Civil Veterinary Dept. North-West Frontier Province 1901-22 - 1901-1922
Year: 1901
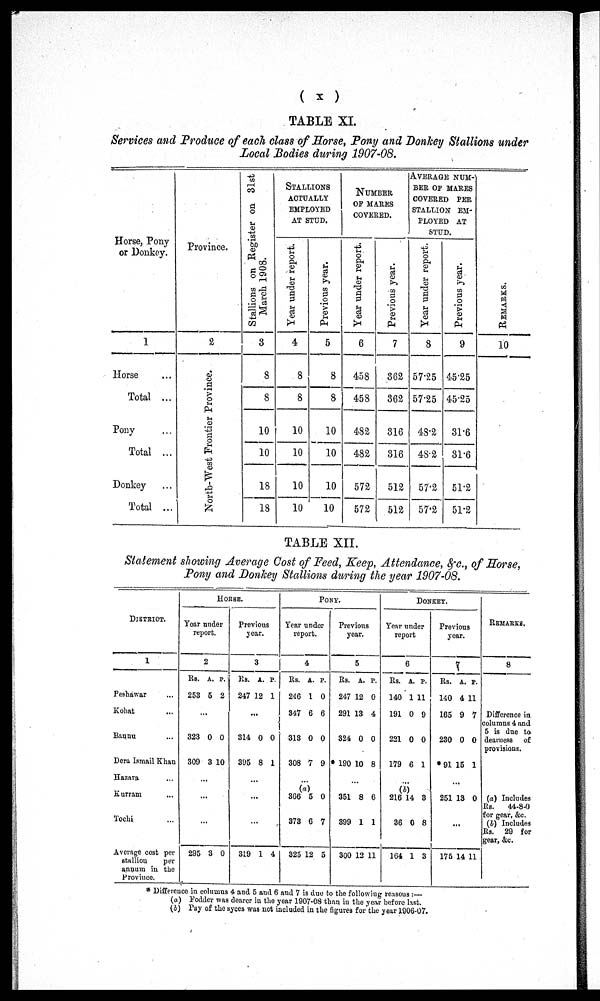
(
x
)
TABLE XI.
Services and Produce of each class of Horse, Pony and Donkey Stallions under
Local Bodies during 1907-08.
Horse, Pony
or Donkey.
1
Horse ...
Total ...
Pony ...
Total ...
Donkey ...
Total ...
Province.
2
North-West
Frontier Province.
Stallions on Register on 31st
March 1908.
3
8
8
10
10
18
18
STALLIONS
ACTUALLY
EMPLOYED
AT STUD.
Year under report.
4
8
8
10
10
10
10
Previous year.
5
8
8
10
10
10
10
NUMBER
OF MARES
COVERED.
Year under report.
6
458
458
482
482
572
572
Previous year.
7
362
362
316
316
512
512
AVERAGE
NUM-
--- OF MARES
COVERED PER
STALLION EM-
PLOYED AT
STUD.
Year under report.
8
57.25
57.25
48.2
48.2
57.2
57.2
Previous uear.
9
45.25
45.25
31.6
31.6
51.2
51.2
REMARKS .
10
TABLE XII.
Statement showing Average Cost of Feed, Keep, Attendance, &c., of Horse,
Pony and Donkey Stallions during the year 1907-08.
DISTRICT.
1
Peshawar ...
Kohat ...
Bannu ...
Dera Ismail Khan
Hazara ...
Kurram ...
Tochi ...
Average cost per
stallion
per
annum in the
Province.
HORSE.
Year under
report.
2
Rs.
253
323
309
295
A.
5
...
0
3
...
...
...
3
P.
2
0
10
0
Previous
year.
3
Rs.
247
314
395
319
A.
12
...
0
8
...
...
...
1
P.
1
0
1
4
PONY.
Year under
report.
4
Rs.
246
347
313
308
366
373
325
A
1
6
0
7
...
(a)
5
6
12
P.
0
6
0
9
0
7
5
Previous
year.
5
Rs.
247
291
324
*190
351
399
300
A.
12
13
0
10
...
8
1
12
P.
0
4
0
8
6
1
11
DONKEY.
Year under
report
6
Rs.
140
191
221
179
216
36
164
A.
1
0
0
6
...
(b)
14
0
1
P.
11
9
0
1
3
8
3
Previous
year.
7
Rs.
140
165
230
* 91
251
175
A.
4
9
0
15
13
...
14
P.
11
7
0
1
0
11
REMARKS.
8
Difference in
columns 4 and
5 is due to
dearness of
provisions.
(a) Includes
RS. 44-8-0
for gear, &c.
(b) Includes
Rs. 29 for
gear, &c.
* Difference in columns 4 and 5 and 6 and 7 is due to the following reasons :—
(a) Fodder was dearer in the year 1907-08 than in the year before last.
(b) Pay of the syces was not included in the figures for the year 1906-07.